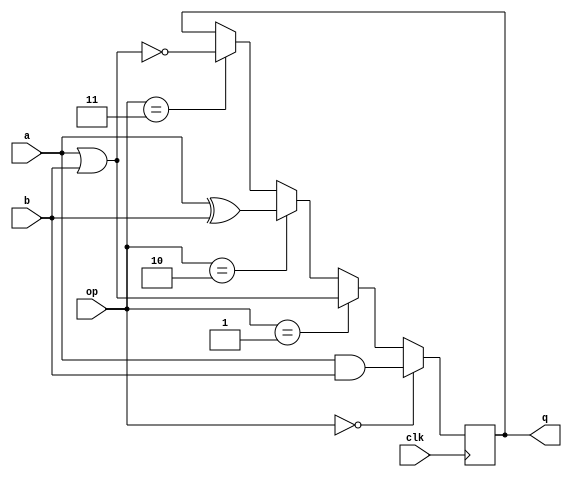
`timescale 1ns/1ps

	module bitwise_operations(
		input clk,
		input [6:0] a,
		input [6:0] b,
		input [1:0] op,
		output reg [6:0] q
	);


	always @(posedge clk) begin
			
		if(op==0) q <= a&b;
		else if(op==1)  q <= a|b;
		else if	(op==2) q <= a^b;
		else if (op==3) q <= ~(a|b);

	end
endmodule